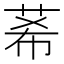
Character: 莃